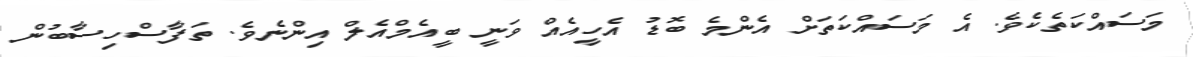
މަސައްކަތެކެވެ. އެ މަސައްކަތަށް އެންމެ ބޮޑު އެހީއެއް ވަނީ ބީއެމްއެލް އިންނެވެ. ތަފާސްހިސާބުން